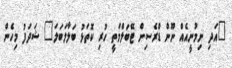
"އަދި ނިމުނީއެއް ނޫން ޑްރެސިން ޓޭބަލްމަތީ ހުރި ކޮތަޅު ބަލާލަބަލަ" ޝަދަފު މިހެން